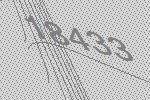
18433